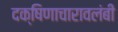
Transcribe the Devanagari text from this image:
दक्षिणाचारावलंबी